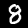
Label: 8